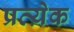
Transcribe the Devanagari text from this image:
प्रत्य़ेक